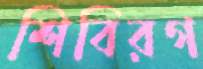
শিবিরগ